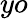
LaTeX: yo